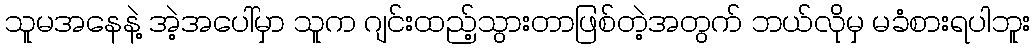
သူမအနေနဲ့ အဲ့အပေါ်မှာ သူက ဂျင်းထည့်သွားတာဖြစ်တဲ့အတွက် ဘယ်လိုမှ မခံစားရပါဘူး